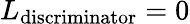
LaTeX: L_{\mathrm{discriminator}}=0